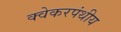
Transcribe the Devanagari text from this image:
क्वेकरपंथीय